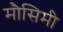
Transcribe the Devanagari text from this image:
मौसिमी